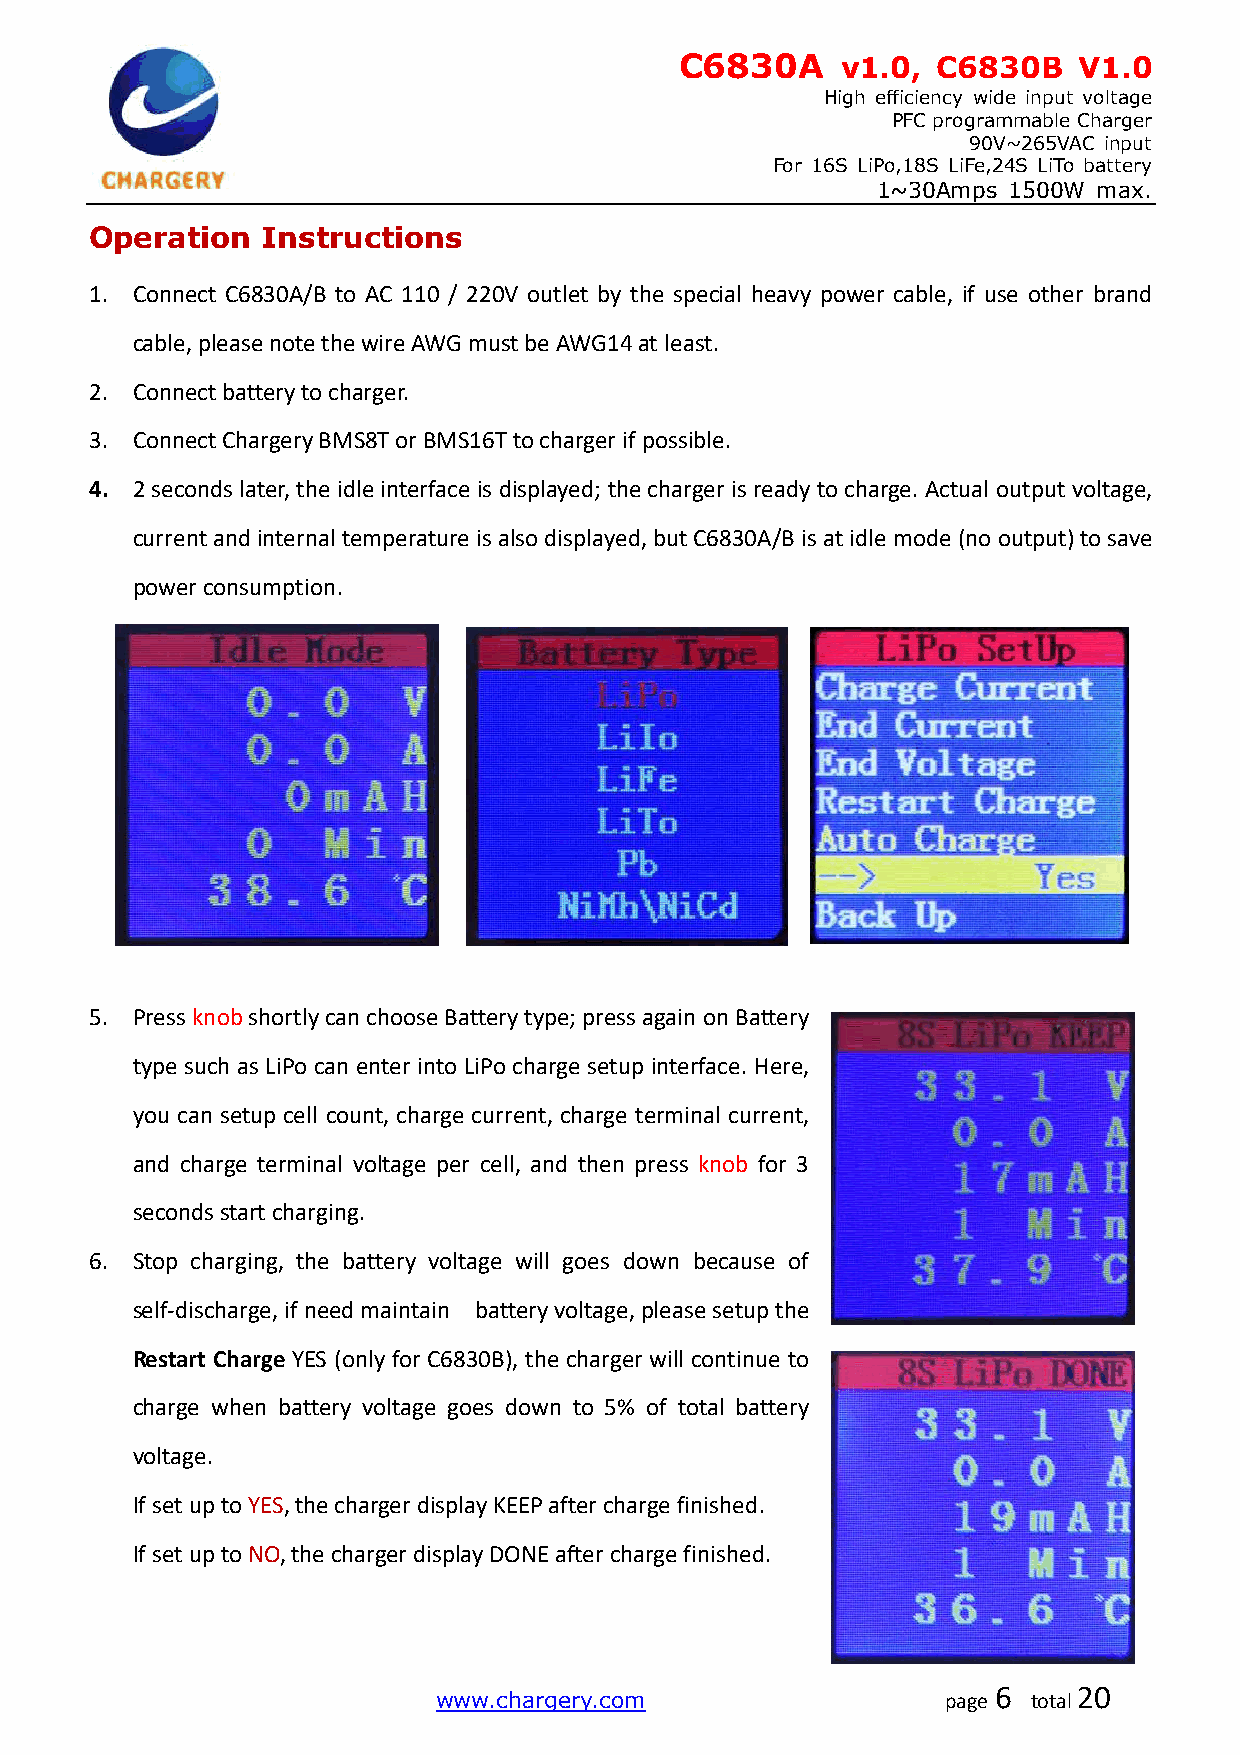
C6830A     v1.0, C6830B   V1.0
 High efficiency wide input voltage
 PFC programmable Charger
 90V~265VAC input
 For 16S LiPo,18S LiFe,24S LiTo battery
 1~30Amps 1500W max.
 Operation  Instructions
 1. Connect C6830A/B to AC 110 / 220V outlet by the special heavy power cable, if use other brand
 cable, please note the wire AWG must be AWG14 at least.
 2. Connect battery to charger.
 3. Connect Chargery BMS8T or BMS16T to charger if possible.
 4. 2 seconds later, the idle interface is displayed; the charger is ready to charge. Actual output voltage,
 current and internal temperature is also displayed, but C6830A/B is at idle mode (no output) to save
 power consumption.
 5. Press knob shortly can choose Battery type; press again on Battery
 type such as LiPo can enter into LiPo charge setup interface. Here,
 you can setup cell count, charge current, charge terminal current,
 and charge terminal voltage per cell, and then press knob for 3
 seconds start charging.
 6. Stop charging, the battery voltage will goes down because of
 self-discharge, if need maintain battery voltage, please setup the
 Restart Charge YES (only for C6830B), the charger will continue to
 charge when battery voltage goes down to 5% of total battery
 voltage.
 If set up to YES, the charger display KEEP after charge finished.
 If set up to NO, the charger display DONE after charge finished.
 www.chargery.com                  page
 6
 total
 20